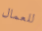
للعمال